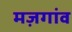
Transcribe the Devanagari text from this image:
मज़गांव